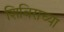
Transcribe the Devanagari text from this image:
शिबिराच्या